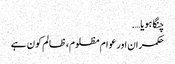
چنگا ہویا….
حکمران اور عوام مظلوم، ظالم کون ہے